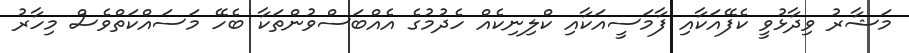
މަޝާރު ވިދާޅުވީ ކެފޭއަކާއި ފާމަސީއަކާއި ކްލިނިކެއް ހެދުމުގެ އެއްބަސްވުންތަކާ ބެހޭ މަސައްކަތްވެސް މިހާރު